Lunatic asylums United Provinces 1899-1908 - 1899-1908
Year: 1899
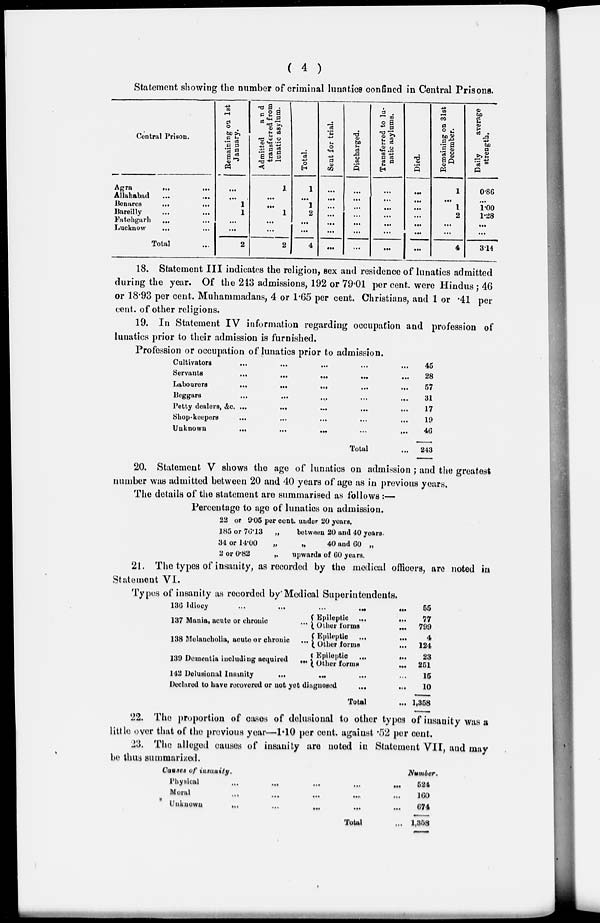
( 4 )
Statement showing the number of criminal lunatics confined in Central Prisons.
Central Prison.
Agra
...
...
Allahabad
...
...
Benares
...
...
Bareilly ... ...
Fatehgarh ... ...
Lucknow ... ...
Total ...
Remaining on 1st
January.
...
...
1
1
...
...
2
Admitted
and
transferred from
lunatic asylum.
1
...
...
1
...
...
2
Total.
1
...
1
2
...
...
4
Sent for trial.
...
...
...
...
...
...
...
Discharged.
...
...
...
...
...
...
...
Transferred to lu-
natic asylums.
...
...
...
...
...
...
...
Died.
...
...
...
...
...
...
...
Remaining on 31st
December.
1
...
1
2
...
...
4
Daily
average
strength.
0.86
...
1.00
1.28
...
...
3.14
18. Statement III indicates the religion, sex and residence of lunatics admitted
during the year. Of the 213 admissions, 192 or 79.01 per cent. were Hindus ; 46
or 18.93 per cent. Muhammadans, 4 or 1.65 per cent. Christians, and 1 or .41 per
cent. of other religions.
19. In Statement IV information regarding occupation and profession of
lunatics prior to their admission is furnished.
Profession or occupation of lunatics prior to admission.
Cultivators ... ... ... ... ...
Servants
...
...
...
...
...
Labourers
...
...
...
...
...
Beggars
...
...
...
...
Petty dealers, &c.
...
...
...
...
...
Shop-keepers ... ... ... ... ...
Unknown
...
...
...
...
...
Total ...
45
28
67
31
17
19
46
243
20. Statement V shows the age of lunatics on admission ; and the greatest
number was admitted between 20 and 40 years of age as in previous years.
The details of the statement are summarised as follows:—
Percentage to age of lunatics on admission.
22 or 9.05 per cent, under 20 years.
185 or 76.13
„ between 20 and 40 years.
34 or 14.00
„
„
40 and 60 „
2 or 0.82
„
upwards of 60 years.
21. The types of insanity, as recorded by the medical officers, are noted in
Statement VI.
Types of insanity as recorded by Medical Superintendents.
136 Idiocy
...
...
...
...
...
137 Mania, acute or chronic
...
138 Melancholia, acute or chronic
...
139 Dementia including acquired
...
Epileptic
...
...
Other forms
...
Epileptic ... ...
Other forms
...
Epileptic
...
...
Other
forms
...
142 Delusional Insanity
...
...
Declared to have recovered or not yet diagnosed
...
...
Total ...
55
77
799
4
124
23
251
15
10
1,358
22. The proportion of cases of delusional to other types of insanity was a
little over that of the previous year—1.10 per cent. against .52 per cent.
23. The alleged causes of insanity are noted in Statement VII, and may
be thus summarized.
Causes of insanity.
Physical
...
...
...
...
...
Moral
...
...
...
...
...
Unknown ... ... ... ... ...
Total ...
Number.
524
160
674
1,358